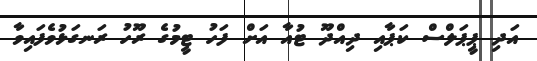
އަދި ޕީޕަލްސް ކަޕާއި ދިއްދޫ ޓުއާ އަށް ފަހު ޓީމުގެ ރޫހު ރަނގަޅުވެފައިވާ